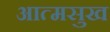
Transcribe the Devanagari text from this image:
आत्मसुख